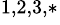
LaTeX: ^{1,2,3,*}